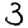
Digit: 3